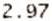
2.97